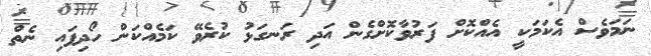
ނަމަވެސް އެކަމަކީ އެއްކޮށް ފަރުވާކޮށްގެން އަދި ރަނގަޅު ކުރެވޭ ކަމެއްކަން ހޯދިފައި ނެެތް